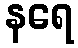
နရေ